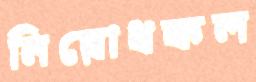
নিরোধকল